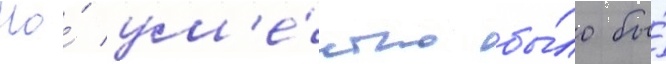
Но́ ум'е́стно бы́ло бы́